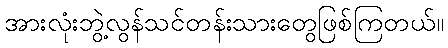
အားလုံးဘွဲ့လွန်သင်တန်းသားတွေဖြစ်ကြတယ်။